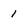
Character: 1